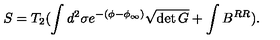
S = T _ { 2 } ( \int d ^ { 2 } \sigma e ^ { - ( \phi - \phi _ { \infty } ) } \sqrt { \det { G } } + \int B ^ { R R } ) .